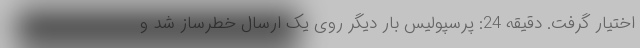
اختیار گرفت. دقیقه 24: پرسپولیس بار دیگر روی یک ارسال خطرساز شد و